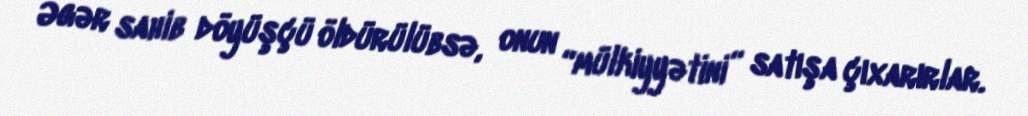
Əgər sahib döyüşçü öldürülübsə, onun “mülkiyyətini” satışa çıxarırlar.